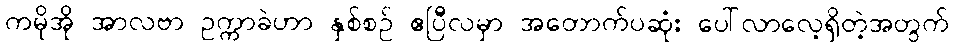
ကမိုအို အာလဗာ ဥက္ကာခဲဟာ နှစ်စဉ် ဧပြီလမှာ အတောက်ပဆုံး ပေါ်လာလေ့ရှိတဲ့အတွက်